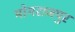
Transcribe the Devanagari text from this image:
मोगराजपुर